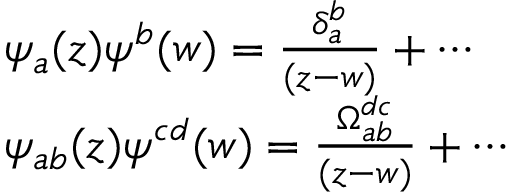
\begin{array} { l } { { \psi _ { a } ( z ) \psi ^ { b } ( w ) = \frac { \delta _ { a } ^ { b } } { ( z - w ) } + \cdots } } \\ { { \psi _ { a b } ( z ) \psi ^ { c d } ( w ) = \frac { \Omega _ { a b } ^ { d c } } { ( z - w ) } + \cdots } } \end{array}